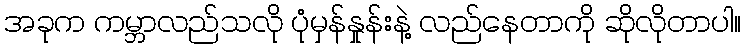
အခုက ကမ္ဘာလည်သလို ပုံမှန်နှုန်းနဲ့ လည်နေတာကို ဆိုလိုတာပါ။